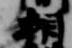
相